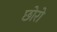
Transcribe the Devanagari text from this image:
छोरो